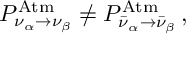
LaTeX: P _ { \nu _ { \alpha } \to \nu _ { \beta } } ^ { \mathrm { A t m } } \not = P _ { \bar { \nu } _ { \alpha } \to \bar { \nu } _ { \beta } } ^ { \mathrm { A t m } } \, ,